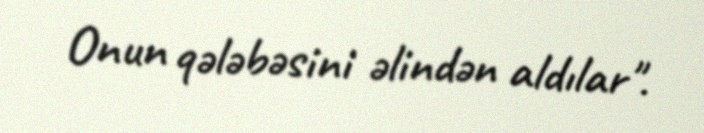
Onun qələbəsini əlindən aldılar".